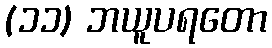
(၁၁) ဘယူပရတော